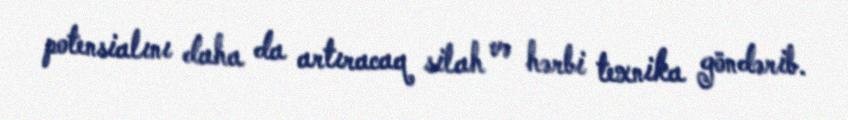
potensialını daha da artıracaq silah və hərbi texnika göndərib.